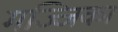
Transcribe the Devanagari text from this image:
मज्जिका